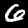
Digit: 6